Insane asylums in Bengal annual reports 1867-1875 - 1867-1875
Year: 1867
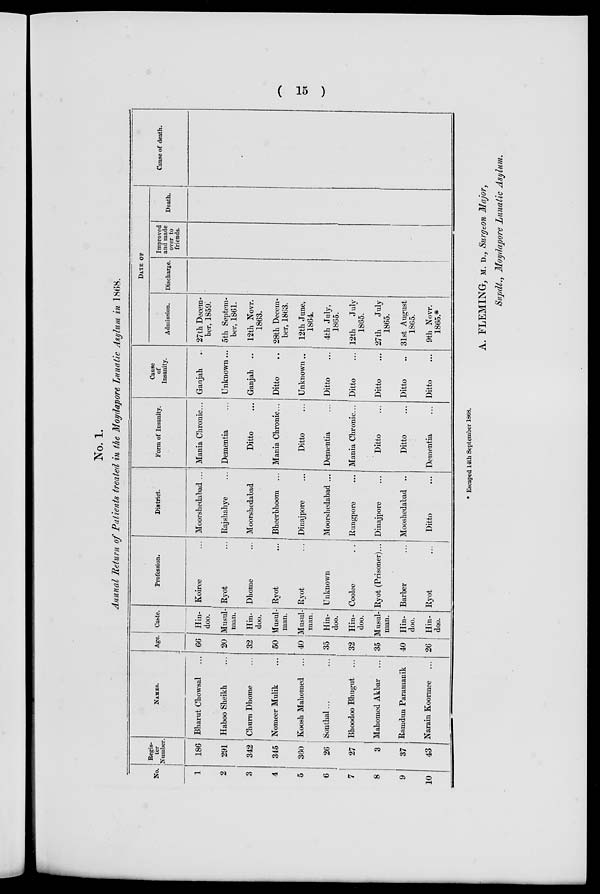
( 15 )
No. 1.
Annual Return of Patients treated in the Moydapore Lunatic Asylum in 1868.
No.
1
2
3
4
5
6
7
8
9
10
Regis-
ter
Number
186
291
342
345
360
26
27
3
37
43
NAMES.
Bharut Chowsal ...
Haboo Sheikh ...
Churn Dhome ...
Nomeer Mulik
Koosh Mahomed ...
Sonthal... ...
Bhoodoo Bhugut ...
Mahomed Akbar ...
Ramdun Paramanik
Narain Koormee ...
Age.
66
20
32
50
40
35
32
35
40
26
Caste.
Hin-
doo.
Musul¬
man.
Hin-
doo.
Musul¬
man.
Musul¬
man.
Hin-
doo.
Hin-
doo.
Musul¬
man.
Hin-
doo.
Hin-
doo.
Profession.
Koiree ...
Ryot ...
Dhome ...
Ryot ...
Ryot ...
Unknown
Coolee
...
Ryot (Prisoner)...
Barber ...
Ryot ...
District.
Moorshedabad ...
Rajshahye ...
Moorshedabad
Bheerbhoom ...
Dinajpore ...
Moorshedabad ...
Rungpore ...
Dinajpore ...
Mooshedabad ..
Ditto ...
Form of Insanity.
Mania Chronic...
Dementia ...
Ditto ...
Mania Chronic...
Ditto ...
Dementia ...
Mania Chronic...
Ditto ...
Ditto ...
Dementia ...
Cause
of
Insanity.
Ganjah ...
Unknown...
Ganjah ...
Ditto ..
Unknown ..
Ditto ...
Ditto ...
Ditto ...
Ditto ...
Ditto ...
DATE OF
Admission.
27th Decem-
ber, 1859.
5th Septem-
ber, 1861.
12th Novr.
1863.
28th Decem¬
ber, 1863.
12th June,
1864.
4th July,
1865.
12th
July
1865.
27th
July
1865.
31st August
1865.
9th Novr.
1865.*
Discharge.
Improved
and made
over to
friends.
Death.
Cause of death.
* Escaped 14th September 1868.
A. FLEMING, M. D., Surgeon Major,
Supdt., Moydapore Lunatic Asylum.